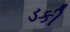
ડકી